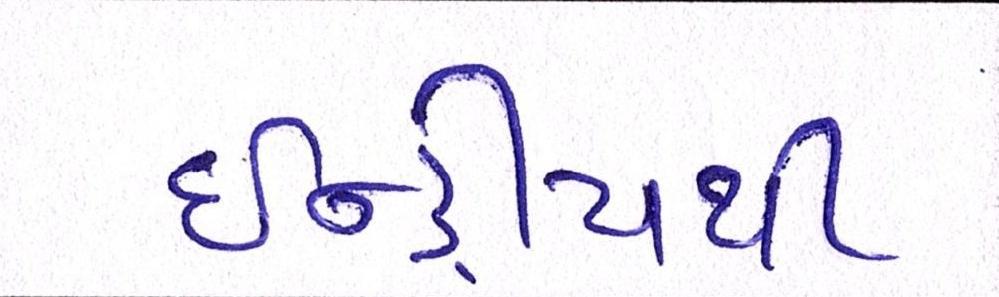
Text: ઇન્દ્રીયથી